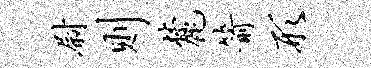
尉则麓箭形